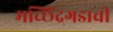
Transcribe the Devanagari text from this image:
मच्छिंद्रगडाची